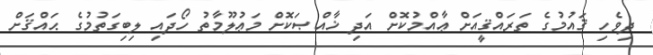
ދިވެހި ޤައުމުގެ ތަރައްޤީއަށް ޢާއްމުކޮށް އަދި ޚާއްޞަކޮށް މަޢުލޫމާތު ހޯދައި ލިބިގަތުމުގެ ޙައްޤަށް